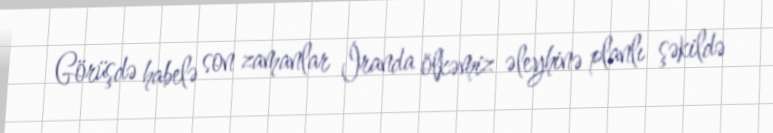
Görüşdə habelə son zamanlar İranda ölkəmiz əleyhinə planlı şəkildə